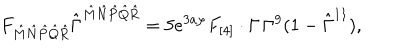
LaTeX: F _ { { \hat { M } } { \hat { N } } { \hat { P } } { \hat { Q } } { \hat { R } } } { \hat { \Gamma } } ^ { { \hat { M } } { \hat { N } } { \hat { P } } { \hat { Q } } { \hat { R } } } = 5 e ^ { 3 a \varphi } F _ { [ 4 ] } \cdot \Gamma \, \Gamma ^ { 9 } ( 1 - \hat { \Gamma } ^ { 1 1 } ) ,